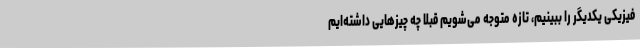
فیزیکی یکدیگر را ببینیم، تازه متوجه می‌شویم قبلا چه چیزهایی داشته‌ایم